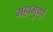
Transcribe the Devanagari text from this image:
महागुणों